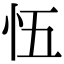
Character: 𭜐